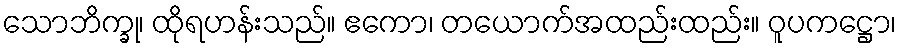
သောဘိက္ခု၊ ထိုရဟန်းသည်။ ဧကော၊ တယောက်အထည်းထည်း။ ဝူပကဋ္ဌော၊